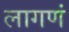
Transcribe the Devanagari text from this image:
लागणं